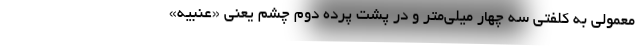
معمولی به کلفتی سه چهار میلی‌متر و در پشت پرده دوم چشم یعنی «عنبیه»